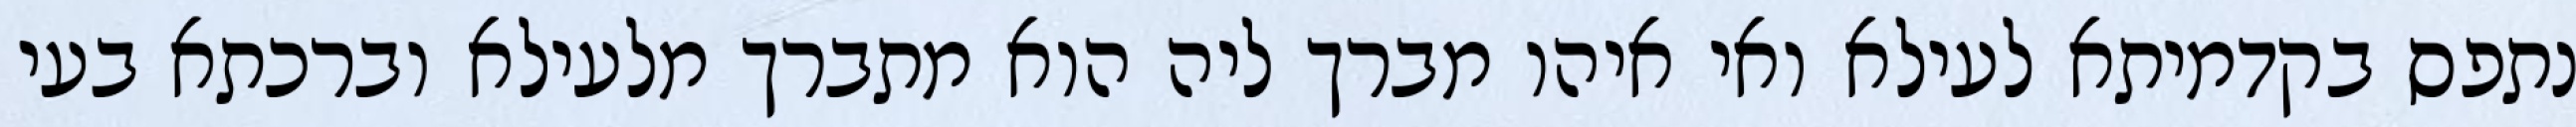
נתפס בקדמיתא לעילא ואי איהו מברך ליה הוא מתברך מלעילא וברכתא בעי